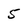
Character: 5